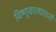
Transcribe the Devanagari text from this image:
विष्णुकात्यायनौ